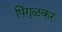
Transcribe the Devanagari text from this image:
पिंगुळकर